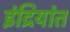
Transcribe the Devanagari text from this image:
इंद्रियांत